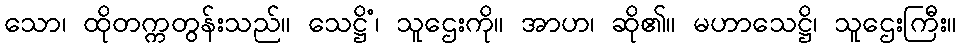
သော၊ ထိုတက္ကတွန်းသည်။ သေဋ္ဌိံ၊ သူဌေးကို။ အာဟ၊ ဆို၏။ မဟာသေဋ္ဌိ၊ သူဌေးကြီး။